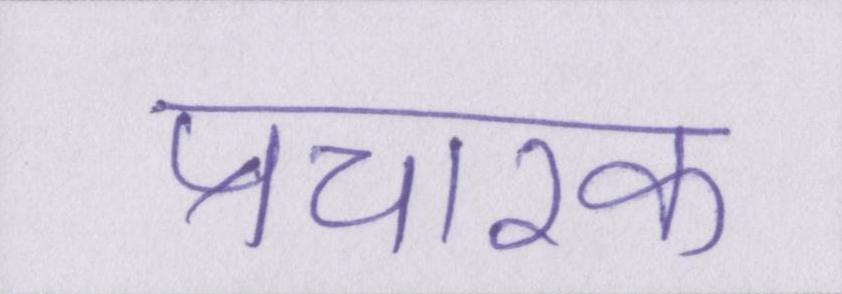
प्रचारक